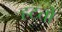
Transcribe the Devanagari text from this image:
हटतो